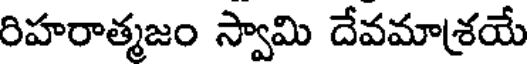
రిహరాత్మజం స్వామి దేవమాశయే